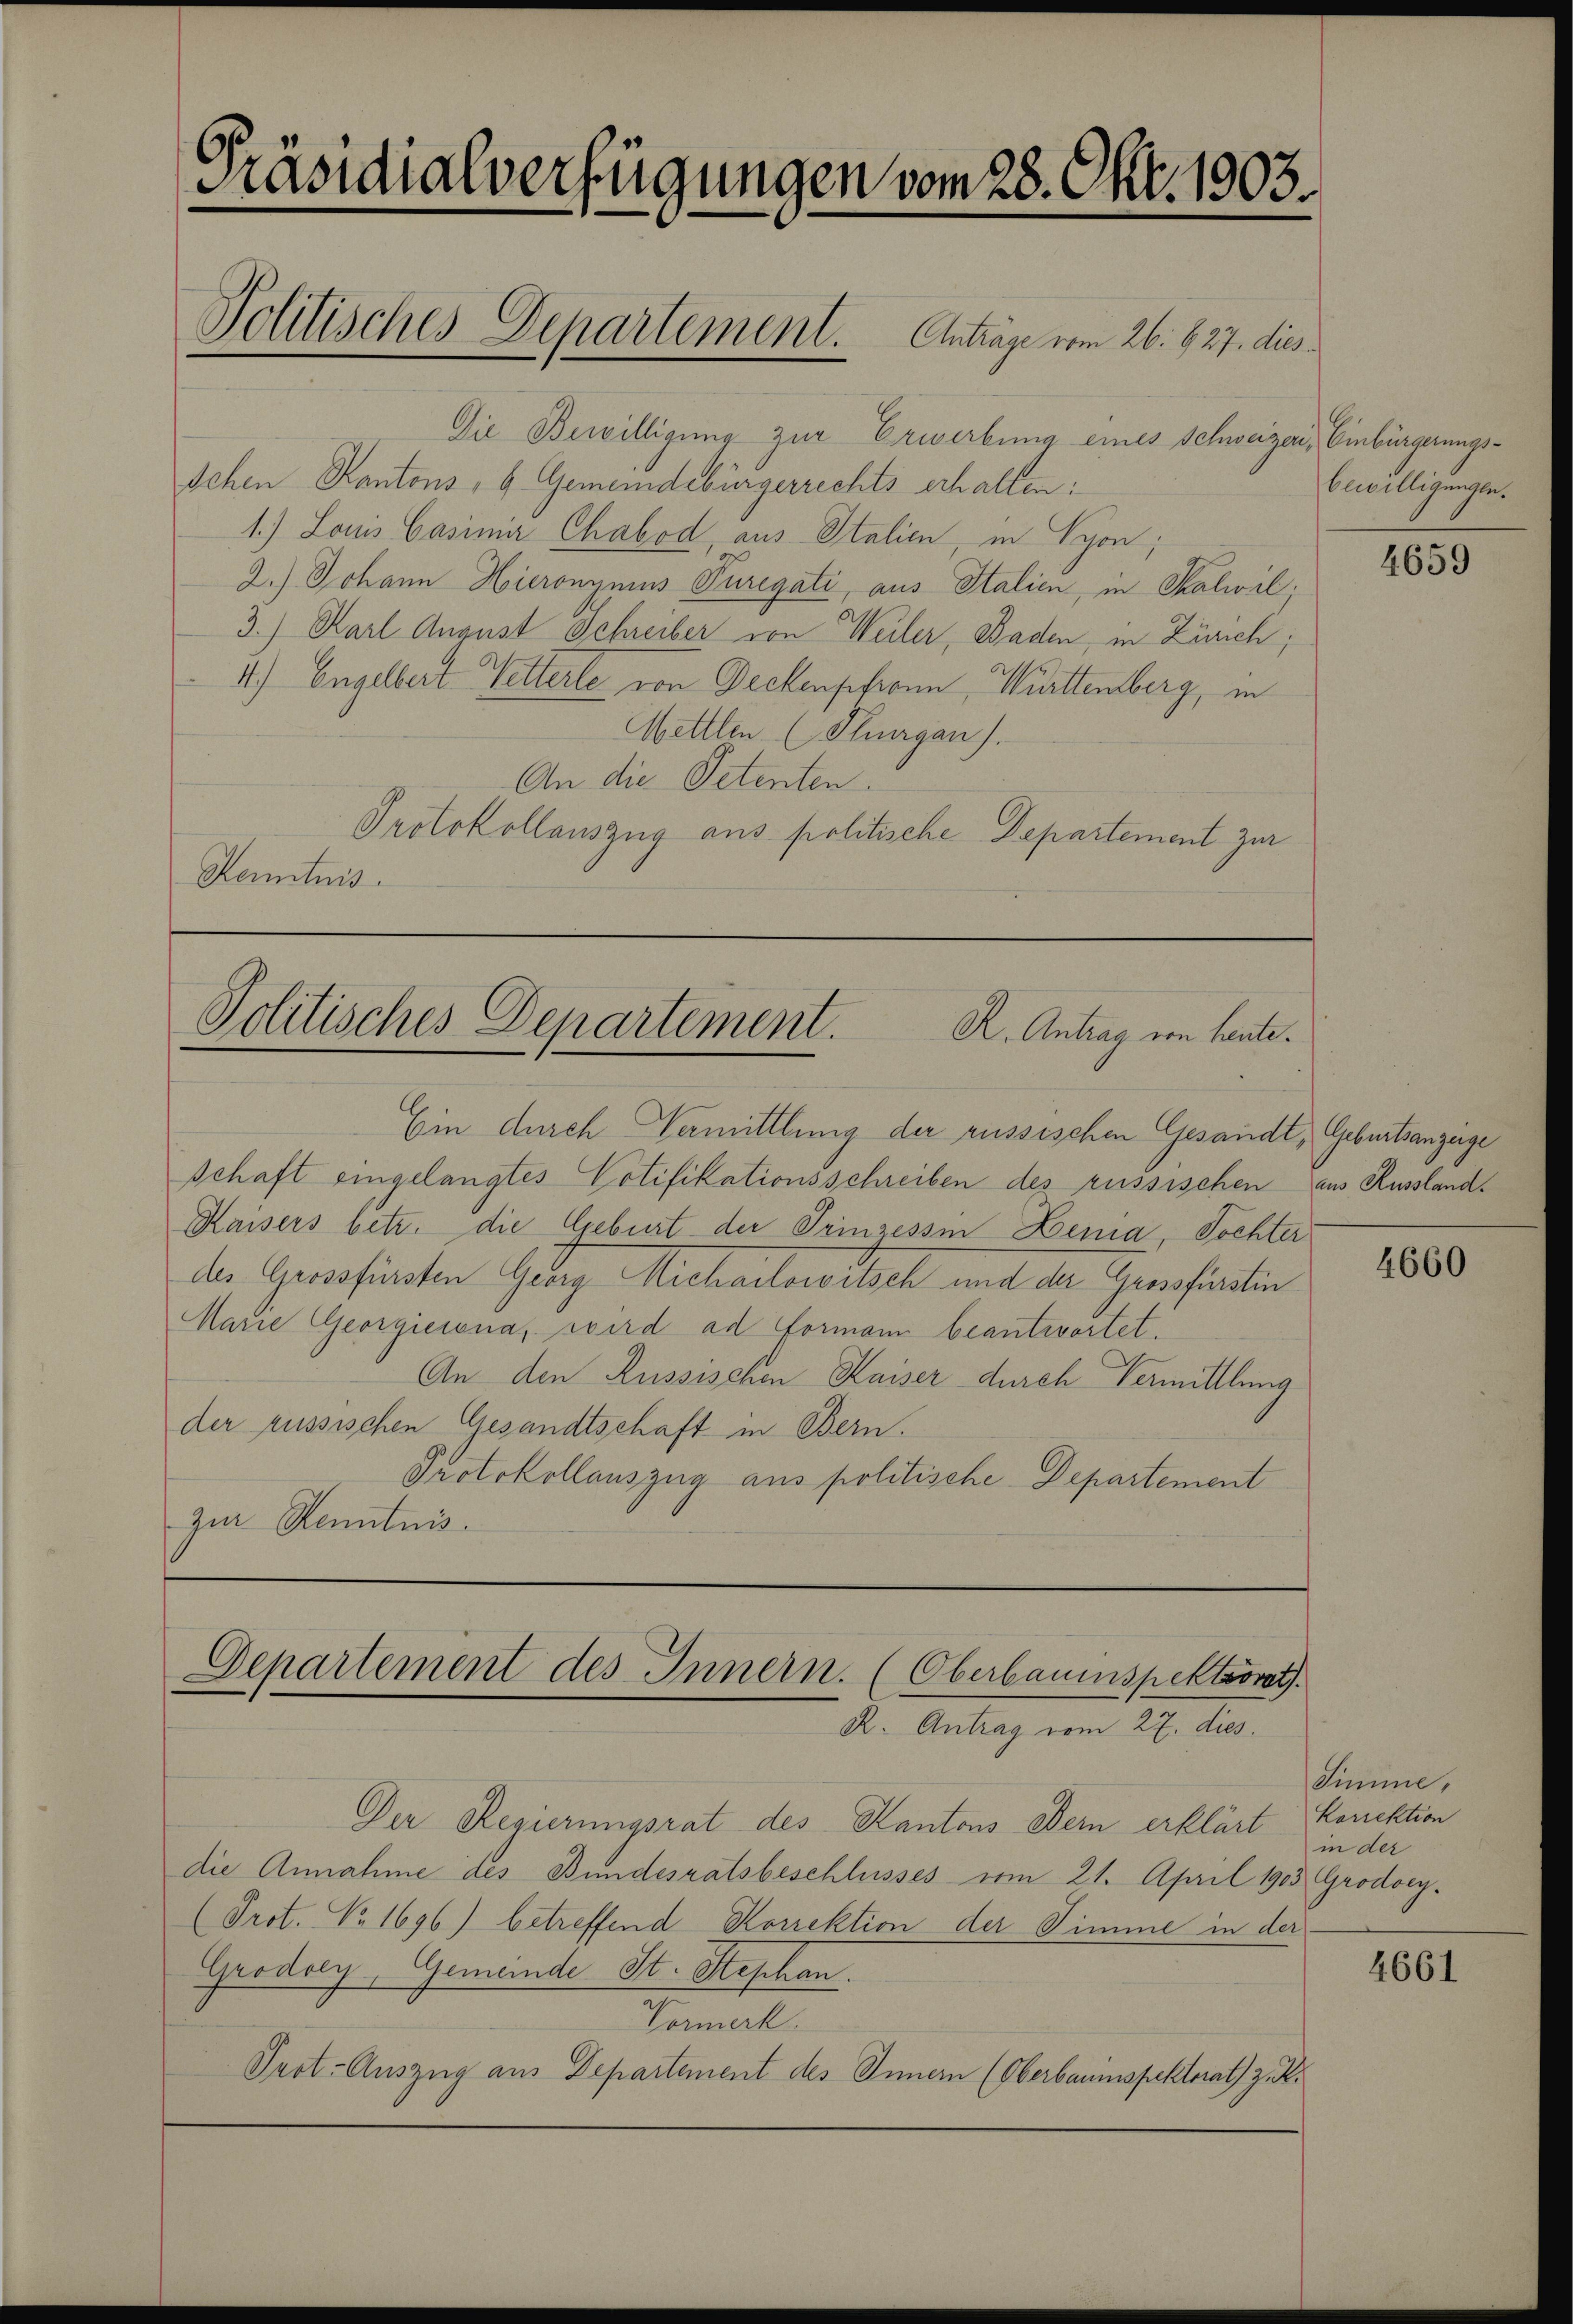
Präsidialverfügungen vom 28. Okt. 1903.
Politisches Departement. Anträge vom 26. 627. dies

Die Bewilligung zur Erwerbung eines Schweizer, Einbürgerungs¬
Schen Kantons, b. Gemeindebürgerrechts erhalten:
1.) Louis Casimia Chabod, aus Italien, in Syon;
2.) Johann Hieronymus Turegati, aus Italien, in Salwil.
3.) Karl August Schreiber von Weiler, Baden, in Zürich;
4.) Engelbert Vetterle von Deckenpfronn, Württemberg, in
Mettlen (Thurgau).
An die Petenten.
Protokollauszug aus politische Departement zur
Kenntnis.

Politisches Departement.
R. Antrag von Laute.

Ein durch Vermittlung der russischen Gesandt, Geburtsanzeige
schaft eingelangtes Potifikationsschreiben des russischen aus Russland¬
Kaisers betr. die Geburt der Prinzessin Lenia, Tochter
des Grossfürsten Georg Micharlowitsch und der Grossfürstin
Marie Georgierena, wird ad Formann beantwortet.
An den Russischen Kaiser durch Vermittlung
der russischen Gesandtschaft in Bern.
Protokollauszug aus politische Departement
zur Kenntnis.

Departement des Innern. (Oberbauenspektorat
R. Antrag vom 27. dies

Der Regierungsrat des Kantons Bern erklärt korektion
die Annahme des Bundesratsbeschlusses vom 21. April 1903 Grodoey¬
(Prot. No. 1696) betreffend Korrektion der Simme in der
Grodoey, Gemeinde St. Stephan.
Vormerk
Prot-Auszug aus Departement des Innern (Oberbauinspektorat) zu

bewilligungen.

4659

4660

Simme,
in der

4661